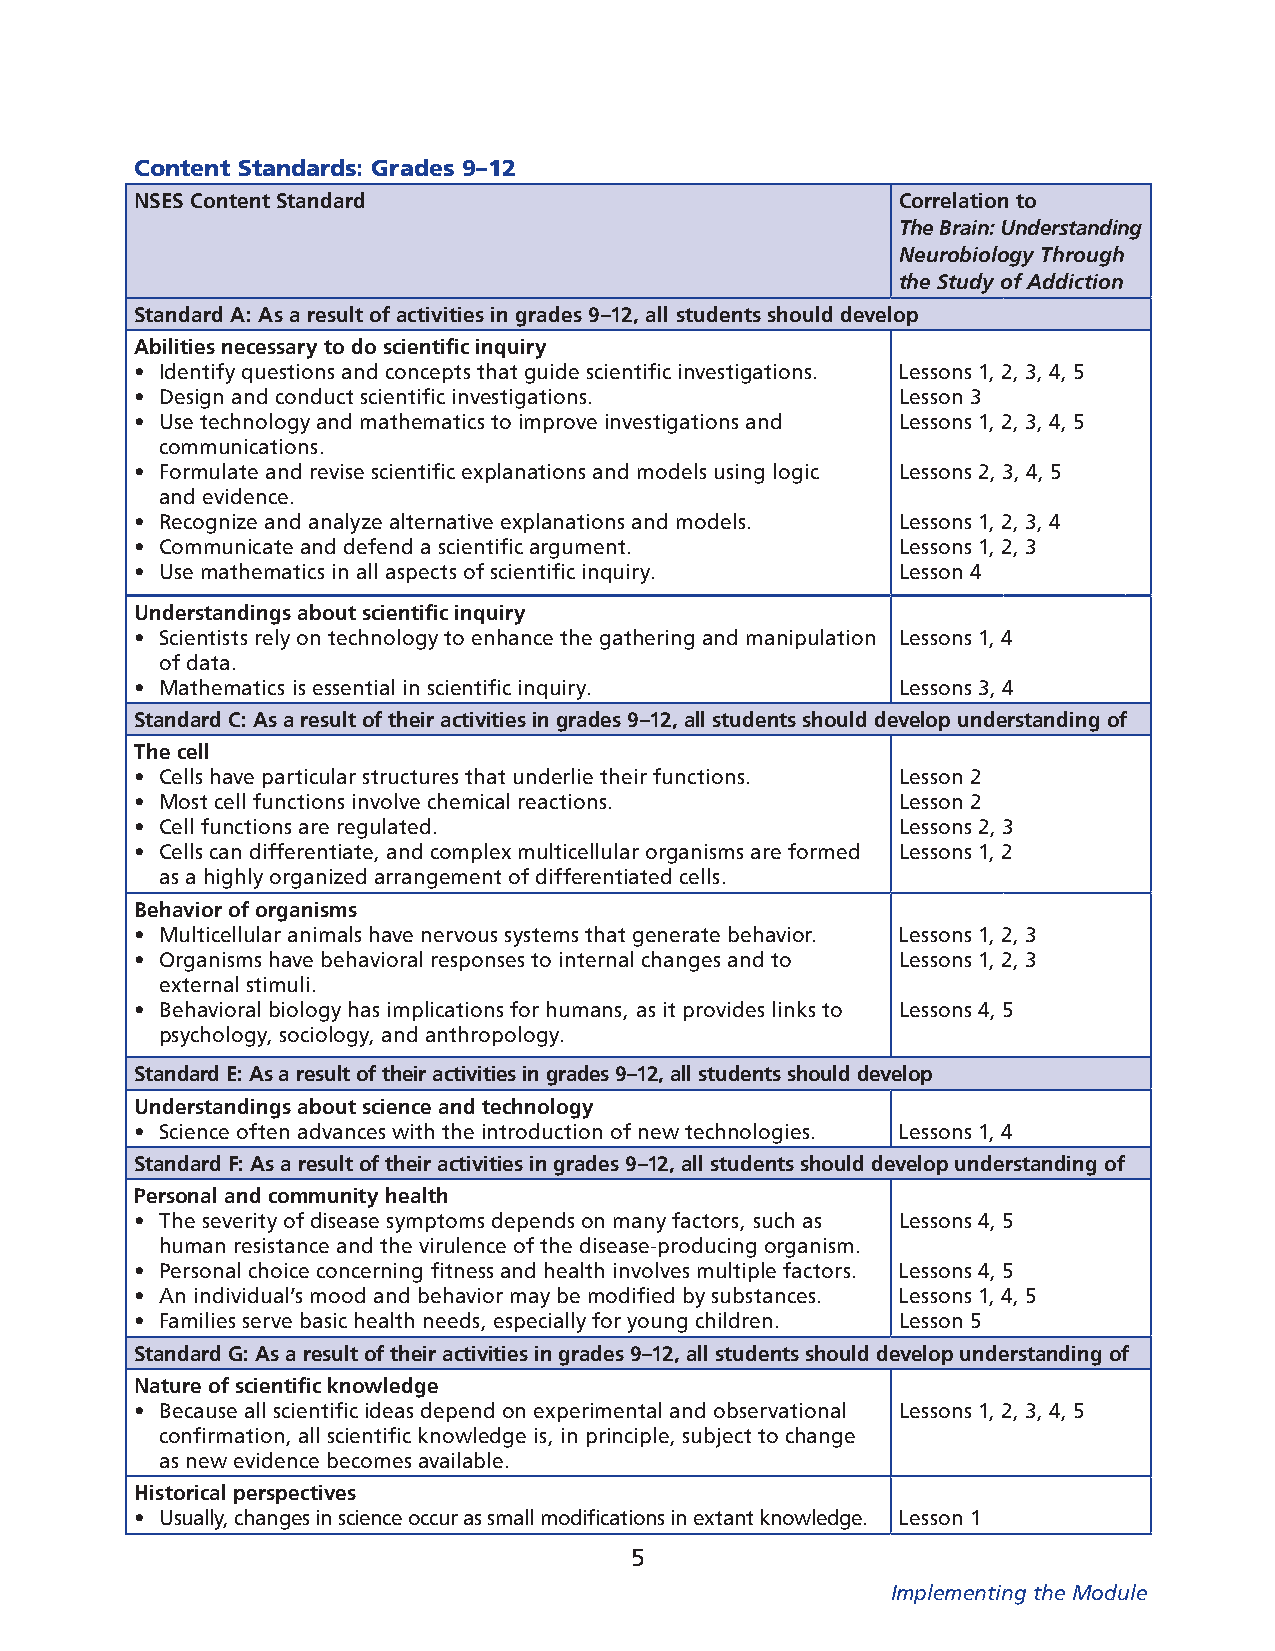
Content Standards: Grades 9–12
 NSES Content Standard                              Correlation to
 The Brain: Understanding
 Neurobiology Through
 the Study of Addiction
 Standard A: As a result of activities in grades 9–12, all students should develop
 Abilities necessary to do scientific inquiry
 • Identify questions and concepts that guide scientific investigations. Lessons 1, 2, 3, 4, 5
 • Design and conduct scientific investigations.    Lesson 3
 • Use technology and mathematics to improve investigations and Lessons 1, 2, 3, 4, 5
 communications.
 • Formulate and revise scientific explanations and models using logic Lessons 2, 3, 4, 5
 and evidence.
 • Recognize and analyze alternative explanations and models. Lessons 1, 2, 3, 4
 • Communicate and defend a scientific argument.    Lessons 1, 2, 3
 • Use mathematics in all aspects of scientific inquiry. Lesson 4
 Understandings about scientific inquiry
 • Scientists rely on technology to enhance the gathering and manipulation Lessons 1, 4
 of data.
 • Mathematics is essential in scientific inquiry.  Lessons 3, 4
 Standard C: As a result of their activities in grades 9–12, all students should develop understanding of
 The cell
 • Cells have particular structures that underlie their functions. Lesson 2
 • Most cell functions involve chemical reactions.  Lesson 2
 • Cell functions are regulated.                    Lessons 2, 3
 • Cells can differentiate, and complex multicellular organisms are formed Lessons 1, 2
 as a highly organized arrangement of differentiated cells.
 Behavior of organisms
 • Multicellular animals have nervous systems that generate behavior. Lessons 1, 2, 3
 • Organisms have behavioral responses to internal changes and to Lessons 1, 2, 3
 external stimuli.
 • Behavioral biology has implications for humans, as it provides links to Lessons 4, 5
 psychology, sociology, and anthropology.
 Standard E: As a result of their activities in grades 9–12, all students should develop
 Understandings about science and technology
 • Science often advances with the introduction of new technologies. Lessons 1, 4
 Standard F: As a result of their activities in grades 9–12, all students should develop understanding of
 Personal and community health
 • The severity of disease symptoms depends on many factors, such as Lessons 4, 5
 human resistance and the virulence of the disease-producing organism.
 • Personal choice concerning fitness and health involves multiple factors. Lessons 4, 5
 • An individual’s mood and behavior may be modified by substances. Lessons 1, 4, 5
 • Families serve basic health needs, especially for young children. Lesson 5
 Standard G: As a result of their activities in grades 9–12, all students should develop understanding of
 Nature of scientific knowledge
 • Because all scientific ideas depend on experimental and observational Lessons 1, 2, 3, 4, 5
 confirmation, all scientific knowledge is, in principle, subject to change
 as new evidence becomes available.
 Historical perspectives
 • Usually, changes in science occur as small modifications in extant knowledge. Lesson 1
 5
 Implementing the Module